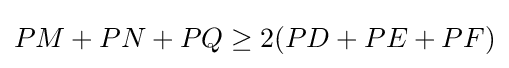
PM+PN+PQ\geq 2(PD+PE+PF)